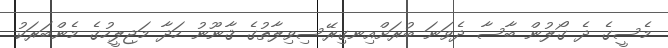
މެސީގެ ދެ ގޯލުން ބާސާ ދެވަނަ ބުރަށްއިނގިރޭސިވިލާތުގެ ޤާނޫނު ހަދާ މަޖިލީހުގެ މެންބަރަކު